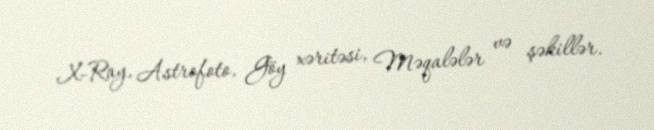
X-Ray, Astrofoto, Göy xəritəsi, Məqalələr və şəkillər.